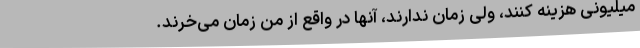
میلیونی هزینه کنند، ولی زمان ندارند، آنها در واقع از من زمان می‌خرند.